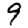
Digit: 9